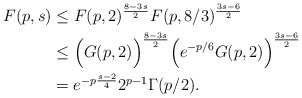
\begin{align*}F(p,s) &\leq F(p, 2)^{\frac{8-3s}{2}}F(p, 8/3)^{\frac{3s-6}{2}} \\&\leq \Big(G(p,2)\Big)^{\frac{8-3s}{2}}\Big(e^{-p/6}G(p,2)\Big)^{\frac{3s-6}{2}} \\&= e^{-p\frac{s-2}{4}}2^{p-1}\Gamma(p/2).\end{align*}